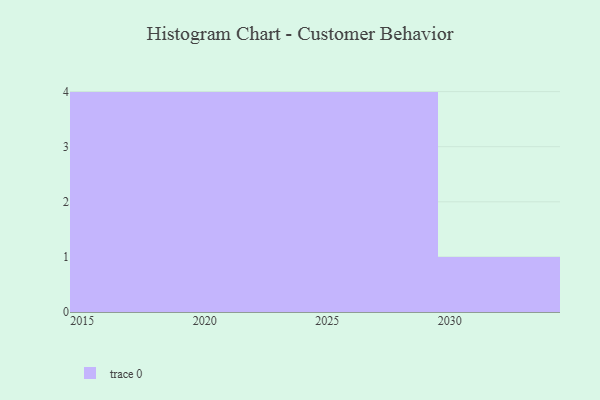
{"axis": {"x": "Year", "y": "Page Views"}, "legend": [""], "data": [{"x": "2017", "y": 48, "type": ""}, {"x": "2024", "y": 37, "type": ""}, {"x": "2025", "y": 66, "type": ""}, {"x": "2021", "y": 25, "type": ""}, {"x": "2029", "y": 41, "type": ""}, {"x": "2023", "y": 97, "type": ""}, {"x": "2015", "y": 28, "type": ""}, {"x": "2018", "y": 29, "type": ""}, {"x": "2026", "y": 74, "type": ""}, {"x": "2020", "y": 65, "type": ""}, {"x": "2027", "y": 59, "type": ""}, {"x": "2019", "y": 65, "type": ""}, {"x": "2030", "y": 46, "type": ""}]}